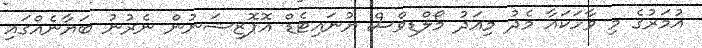
އުމަރުގެ މި ވާހަކައާ މެދު މިއަދު މޯލްޑިވްސް ޔުނައިޓެޑް އޮޕޮޒިޝަނުން ނެރުނު ބަޔާނެއްގައި